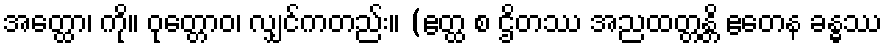
အတ္ထော၊ ကို။ ဝုတ္တောဝ၊ လျှင်ကတည်း။ (ဧတ္ထ စ ဌိတဿ အညထတ္တန္တိ ဧတေန ခန္ဓဿ